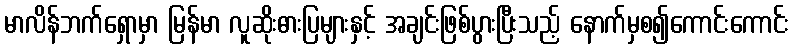
မာလိန်ဘက်ရှောမှာ မြန်မာ လူဆိုးဓားပြများနှင့် အချင်းဖြစ်ပွားပြီးသည့် နောက်မှစ၍ကောင်းကောင်း